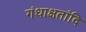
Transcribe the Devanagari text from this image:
गंधाक्षतांदि